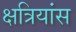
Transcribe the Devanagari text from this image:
क्षत्रियांस